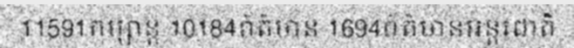
11591កម្សាន្ត 10184ព័ត៌មាន 1694ព័ត៌មានអន្តរជាតិ